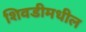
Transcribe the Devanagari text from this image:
शिवडीमधील